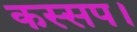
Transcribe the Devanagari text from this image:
कस्सप।